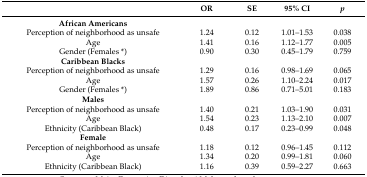
|  | OR | SE | 95% CI | p |
 | --- | --- | --- | --- | --- |
 | African Americans |  |  |  |  |
 | Perception of neighborhood as unsafe | 1.24 | 0.12 | 1.01–1.53 | 0.038 |
 | Age | 1.41 | 0.16 | 1.12–1.77 | 0.005 |
 | Gender (Females *) | 0.90 | 0.30 | 0.45–1.79 | 0.759 |
 | Caribbean Blacks |  |  |  |  |
 | Perception of neighborhood as unsafe | 1.29 | 0.16 | 0.98–1.69 | 0.065 |
 | Age | 1.57 | 0.26 | 1.10–2.24 | 0.017 |
 | Gender (Females *) | 1.89 | 0.86 | 0.71–5.01 | 0.183 |
 | Males |  |  |  |  |
 | Perception of neighborhood as unsafe | 1.40 | 0.21 | 1.03–1.90 | 0.031 |
 | Age | 1.54 | 0.23 | 1.13–2.10 | 0.007 |
 | Ethnicity (Caribbean Black) | 0.48 | 0.17 | 0.23–0.99 | 0.048 |
 | Female |  |  |  |  |
 | Perception of neighborhood as unsafe | 1.18 | 0.12 | 0.96–1.45 | 0.112 |
 | Age | 1.34 | 0.20 | 0.99–1.81 | 0.060 |
 | Ethnicity (Caribbean Black) | 1.16 | 0.39 | 0.59–2.27 | 0.663 |